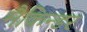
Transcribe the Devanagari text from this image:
मैकिन्डर